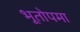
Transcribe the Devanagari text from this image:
भूतोपमा